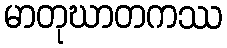
မာတုဃာတကဿ